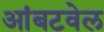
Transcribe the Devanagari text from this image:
आंबटवेल